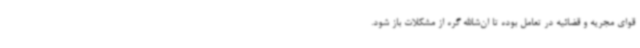
قوای مجریه و قضائیه در تعامل بوده تا ان‌شاالله گره از مشکلات باز شود.